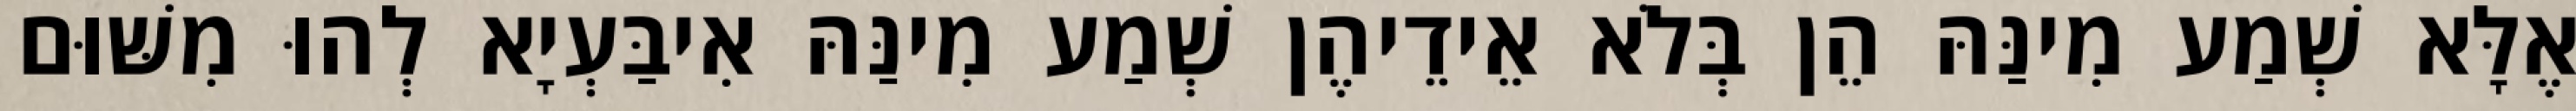
אֶלָּא שְׁמַע מִינַּהּ הֵן בְּלֹא אֵידֵיהֶן שְׁמַע מִינַּהּ אִיבַּעְיָא לְהוּ מִשּׁוּם